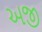
અજી